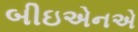
બીઇએનએ